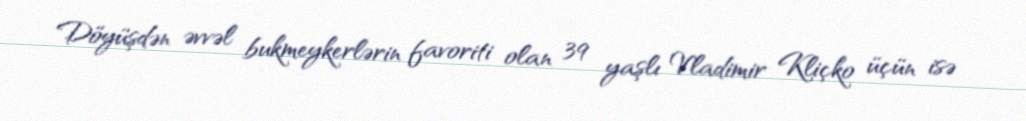
Döyüşdən əvvəl bukmeykerlərin favoriti olan 39 yaşlı Vladimir Kliçko üçün isə